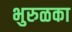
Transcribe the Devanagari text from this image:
भुरुळका